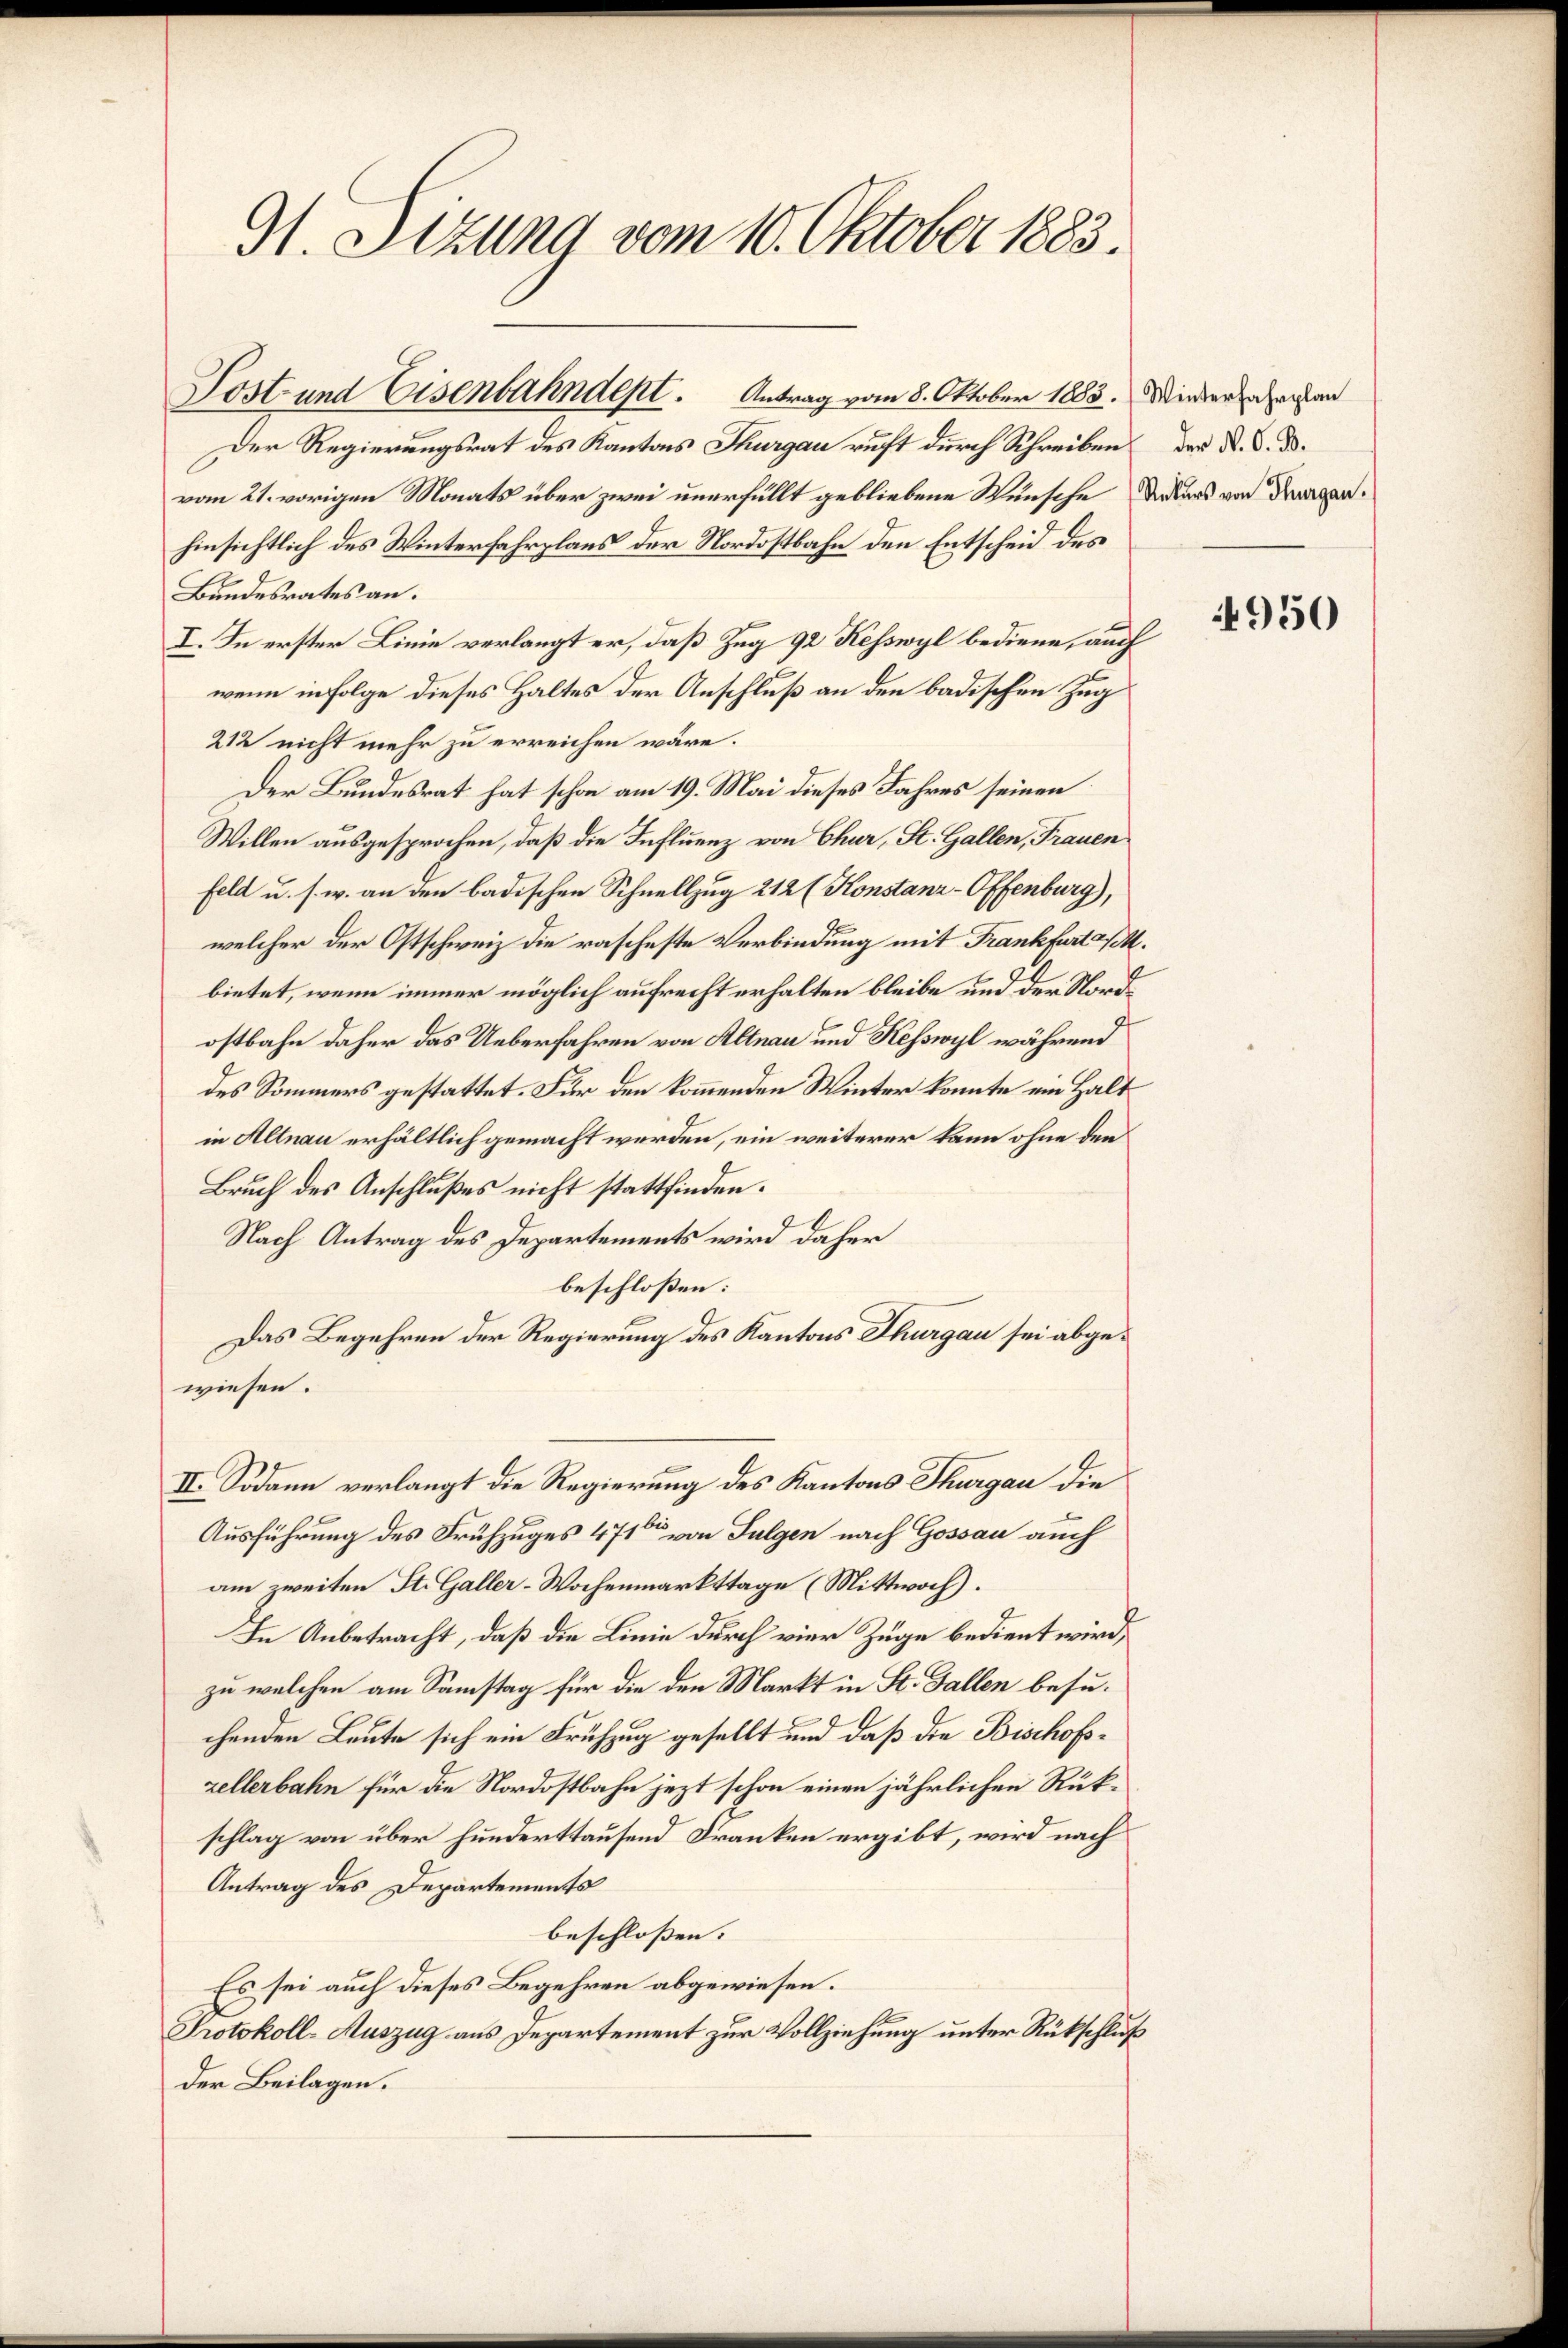
H. Sizung vom 10. Oktober 1883.

Sost und Eisenbahndept. Antrag vom 8. Oktober 1888. Wieder zusagen

Der Regierungsrat des Kantons Thurgau ruft durch Schreiben der K. V. B.
vom 21. vorigen Monats über zwei unerfüllt gebliebene Wünsche Uebers von drangenhinsichtlich des Winterfahrplans der Nordostbahn den Entscheid des
Bundesrates an.
I. In erster Linie verlangt er, daß Zug 92 Kesswyl bediene, auch
wenn in Folge dieses Haltes der Anschluß an den badischen Zug
212 nicht mehr zu erreichen wäre.
Der Bundesrat hat schon am 19. Mai dieses Jahres seinen
Willen ausgesprochen, daß die Influenz von Chur, St. Gallen, Frauen
feld u. s. w. an den badischen Schnellzug 212 (Konstanz-Offenburg),
welcher der Ostschweiz die rascheste Verbindung mit Frankfurt a/M.
bietet, wenn immer möglich aufrecht erhalten bleibe und der Nordostbahn daher das Ueberfahren von Altnau und Kesswyl während
des Sommers gestattet. Für den kommenden Winter konnte ein Halt
in Altnau erhältlich gemacht werden, ein weiterer kann ohne den
Bruch des Anschlußes nicht stattfinden.
Nach Antrag des Departements wird daher
beschloßen:
Das Begehren der Regierung des Kantons Thurgau sei abgewiesen.
II. Sodann verlangt die Regierung des Kantons Thurgau die
Ausführung des Frühzuges 471 von Fulgen nach Gossau auch
am zweiten St. Galler-Wochenmarkttage (Mittwoch).
In Anbetracht, daß die Linie durch vier Züge bedient wird,
zu welchen am Samstag für die den Markt in St. Gallen besuchenden Leute sich ein Frühzug gesellt und daß die Bischofszellerbahn für die Nordostbahn jezt schon einen jährlichen Rükschlag von über hunderttausend Franken ergibt, wird nach
Antrag des Departements
beschlossen:
Es sei auch dieses Begehren abgewiesen.
Protokoll-Auszug aus Departement zur Vollziehung unter Rückschluß
Der Beilagen.

4950